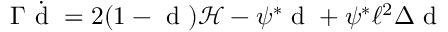
\Gamma \dot { \mathrm { ~ d ~ } } = 2 ( 1 - \mathrm { ~ d ~ } ) \mathcal { H } - \psi ^ { * } \mathrm { ~ d ~ } + \psi ^ { * } \ell ^ { 2 } \Delta \mathrm { ~ d ~ }